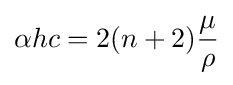
\alpha hc=2(n+2){\frac {\mu }{\rho }}